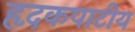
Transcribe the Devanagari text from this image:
हृदकपाटीय